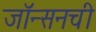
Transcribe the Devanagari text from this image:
जॉन्सनची